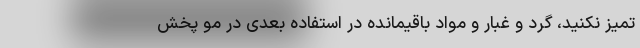
تمیز نکنید، گرد و غبار و مواد باقیمانده در استفاده بعدی در مو پخش